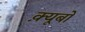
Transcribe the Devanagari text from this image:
क़्यूबो